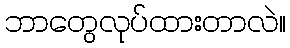
ဘာတွေလုပ်ထားတာလဲ။